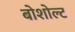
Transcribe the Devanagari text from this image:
बोशोल्ट